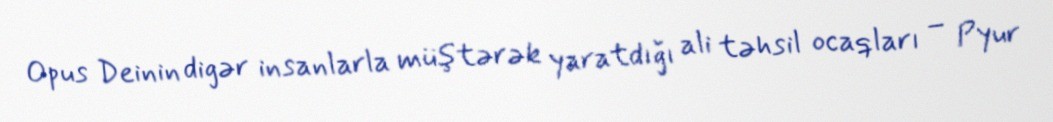
Opus Deinin digər insanlarla müştərək yaratdığı ali təhsil ocaqları – Pyur